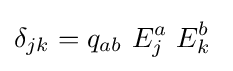
\delta _{jk}=q_{ab}\ E_{j}^{a}\ E_{k}^{b}~